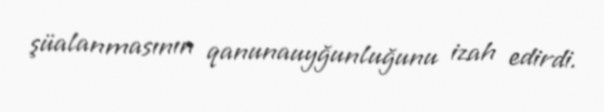
şüalanmasının qanunauyğunluğunu izah edirdi.